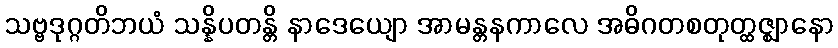
သဗ္ဗဒုဂ္ဂတိဘယံ သန္နိပတန္တိ နာဒေယျော အာမန္တနကာလေ အဓိဂတစတုတ္ထဇ္ဈာနော